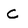
Character: C